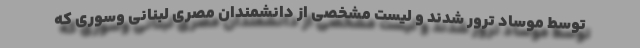
توسط موساد ترور شدند و لیست مشخصی از دانشمندان مصری لبنانی وسوری که